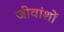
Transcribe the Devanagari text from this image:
जीवांशों